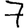
Digit: 7